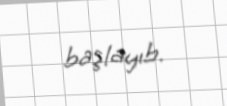
başlayıb.